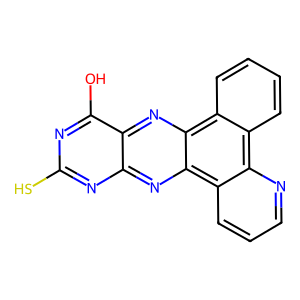
SMILES: Oc1nc(S)nc2nc3c4cccnc4c4ccccc4c3nc12
Inhibits HIV replication: No